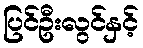
ပြင်ဦးလွင်နှင့်